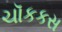
ચૉકકસ